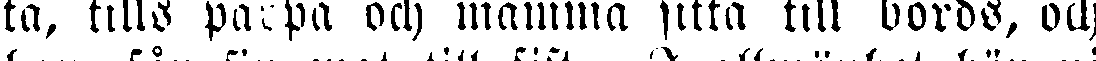
ta, tills parpa och mamma sitta till bords, och